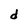
Character: d